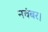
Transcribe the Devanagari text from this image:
नवंबर।